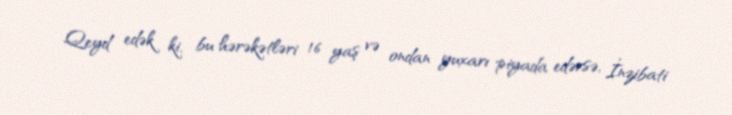
Qeyd edək ki, bu hərəkətləri 16 yaş və ondan yuxarı piyada edərsə, İnzibati